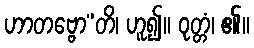
ဟာတဗ္ဗော”တိ၊ ဟူ၍။ ဝုတ္တံ၊ ၏။